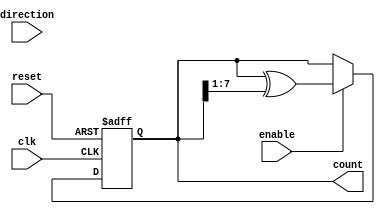
module Bidirectional_Gray_Counter (
    input wire clk,
    input wire reset,
    input wire enable,
    input wire direction,
    output reg [7:0] count
);

reg [7:0] next_count;

always @(posedge clk or posedge reset) begin
    if (reset) begin
        count <= 8'b00000000;
    end else if (enable) begin
        if (direction) begin // count down
            next_count = count - 1;
        end else begin // count up
            next_count = count + 1;
        end
        
        // Convert binary count to Gray code
        next_count = count ^ (count >> 1);
        
        count <= next_count;
    end
end

endmodule